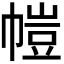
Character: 𫷋